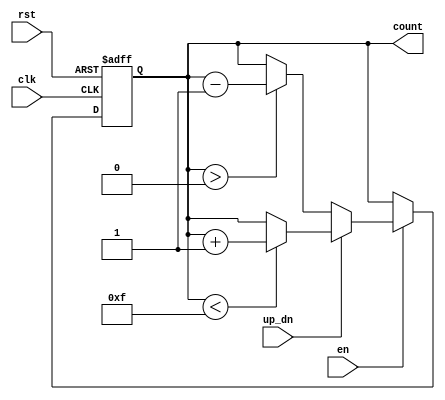
module up_down_counter (
    input wire clk,          // Clock input
    input wire en,          // Enable signal
    input wire up_dn,       // Up/Down control signal
    input wire rst,         // Asynchronous reset
    output reg [3:0] count  // 4-bit counter output
);

    // Parameter for maximum and minimum count values
    parameter MAX_COUNT = 4'b1111; // 15 for a 4-bit counter
    parameter MIN_COUNT = 4'b0000; // 0 for a 4-bit counter

    // Asynchronous reset and counting logic
    always @(posedge clk or posedge rst) begin
        if (rst) begin
            count <= MIN_COUNT; // Reset the counter to 0
        end else if (en) begin
            if (up_dn) begin
                // Increment the counter, check for overflow
                if (count < MAX_COUNT)
                    count <= count + 1;
            end else begin
                // Decrement the counter, check for underflow
                if (count > MIN_COUNT)
                    count <= count - 1;
            end
        end
    end

endmodule